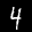
Label: 4